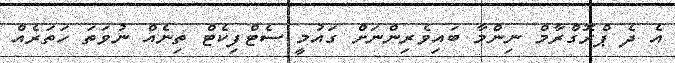
އެ ދެ ޕްރޮގްރާމް ނިންމާ ބައިވެރިންނަށް ގައުމީ ސެޓްފިކެޓް ތިނެއް ނުވަތަ ހަތަރެއް